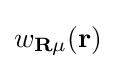
w_{\mathbf {R} \mu }(\mathbf {r} )